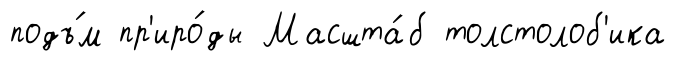
подъ́м пр'иро́ды Масшта́б толстолоб'ика